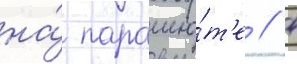
на́ парашю́т'е // 4